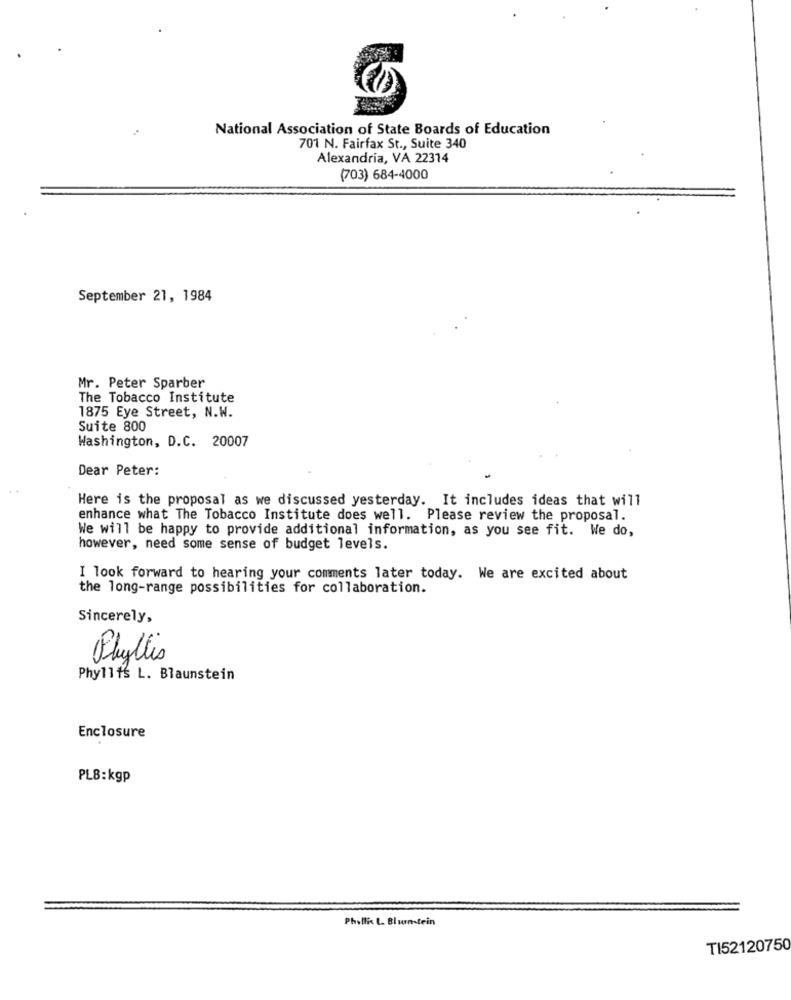
National Association of State Boards of Education
701 N. Fairfax St ., Suite 340
Alexandria, VA 22314
(703) 684-4000
September 21, 1984
Mr. Peter Sparber
The Tobacco Institute
1875 Eye Street, N.W.
Suite 800
Washington, D.C. 20007
Dear Peter:
Here is the proposal as we discussed yesterday. It includes ideas that will
enhance what The Tobacco Institute does well. Please review the proposal.
We will be happy to provide additional information, as you see fit. We do,
however, need some sense of budget levels.
I look forward to hearing your comments later today. We are excited about
the long-range possibilities for collaboration.
Sincerely,
Phyllis
Phyllis L. Blaunstein
Enclosure
PLB:kgp
Phillis L. Bluntein
TI52120750